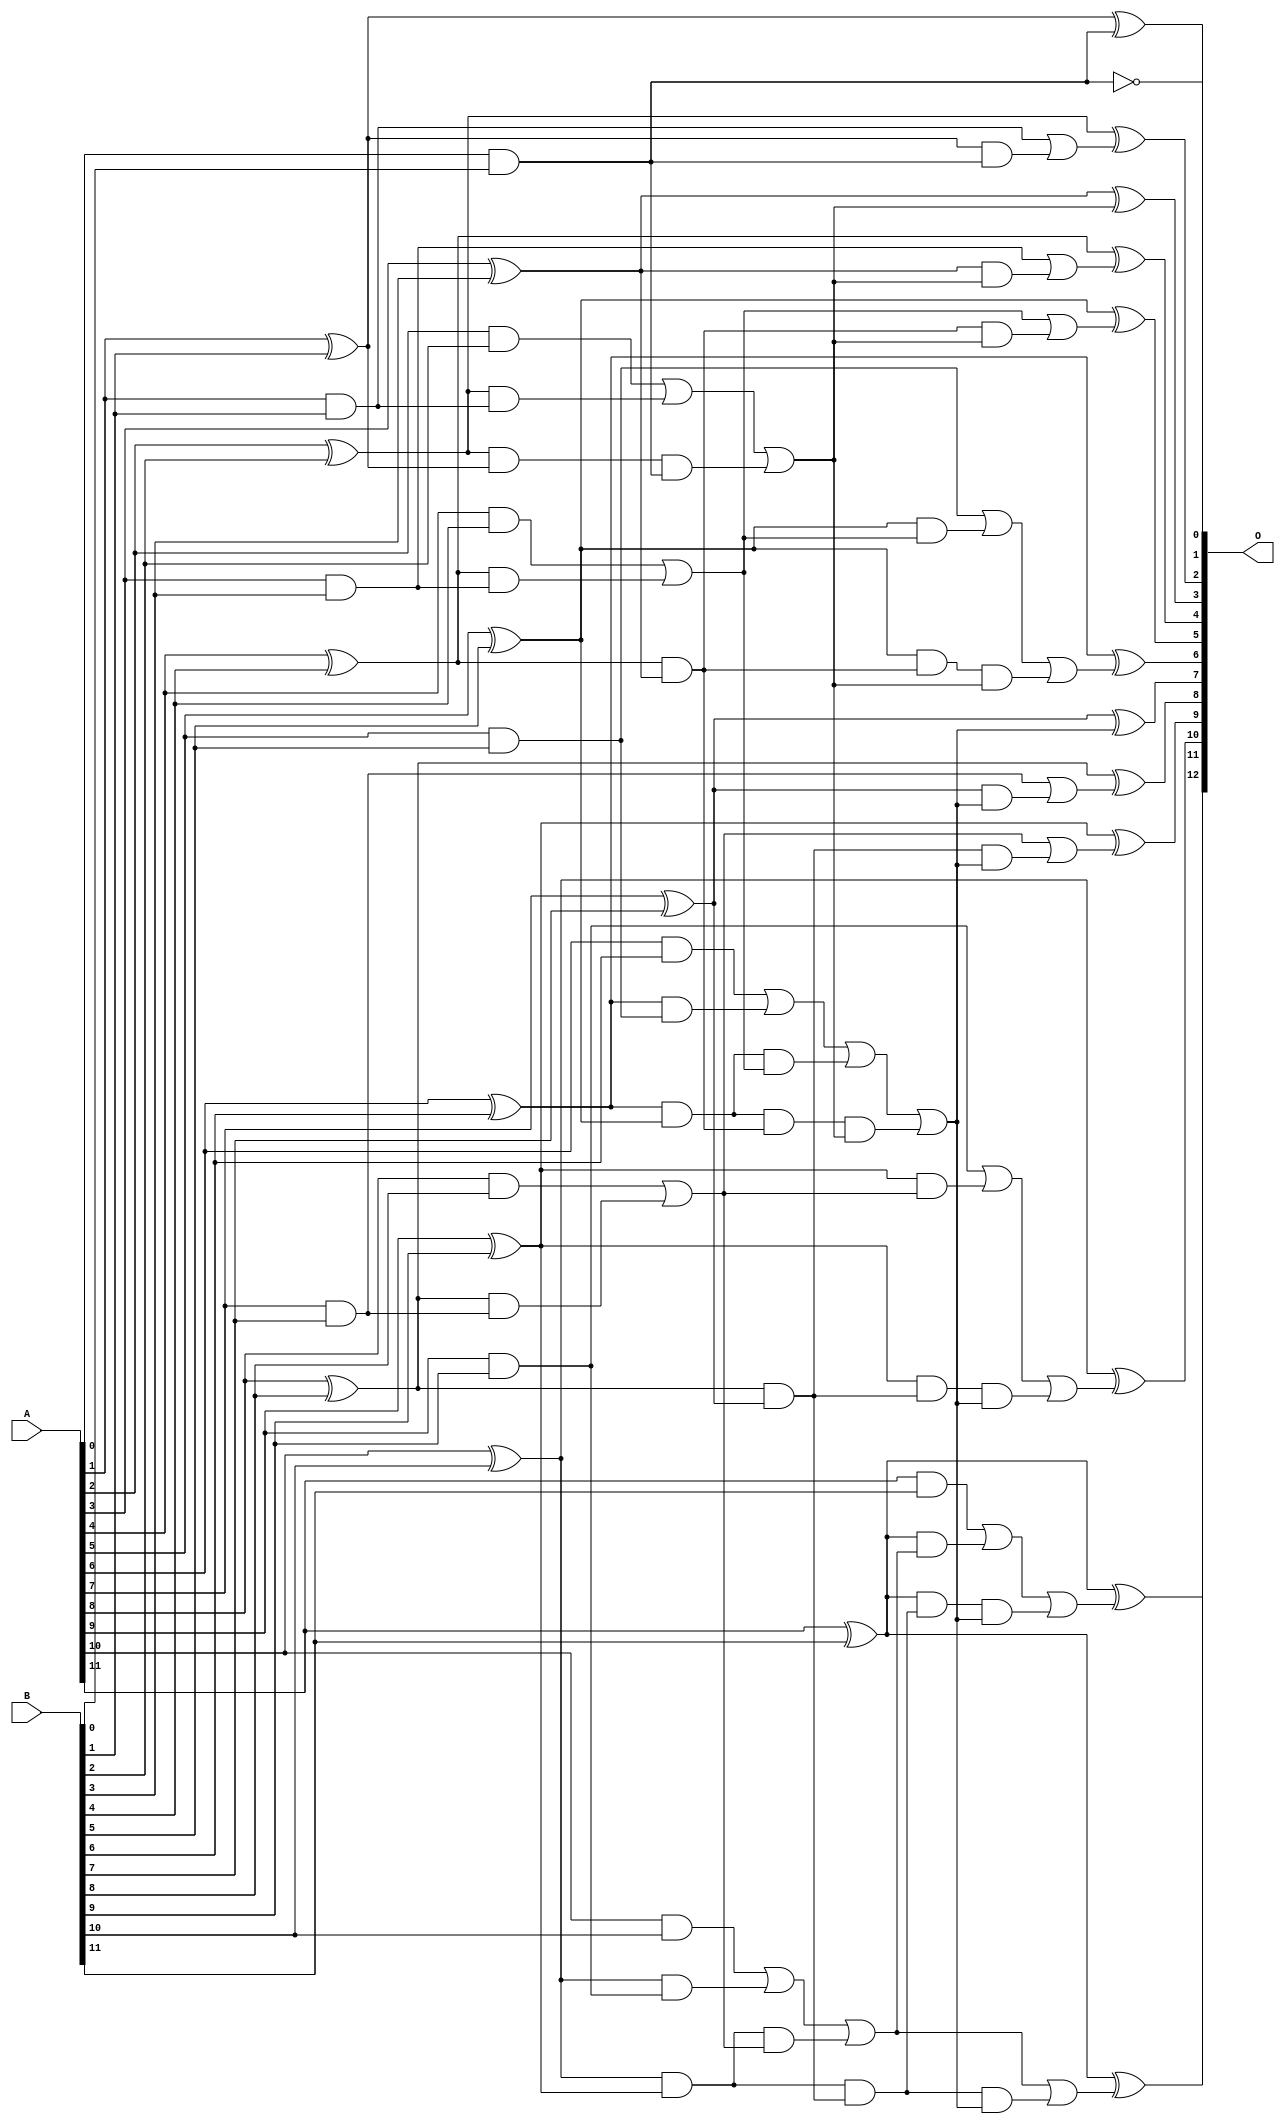
// This program was cloned from: https://github.com/ehw-fit/evoapproxlib
// License: MIT License

/***
* This code is a part of EvoApproxLib library (ehw.fit.vutbr.cz/approxlib) distributed under The MIT License.
* When used, please cite the following article(s): V. Mrazek, L. Sekanina, Z. Vasicek "Libraries of Approximate Circuits: Automated Design and Application in CNN Accelerators" IEEE Journal on Emerging and Selected Topics in Circuits and Systems, Vol 10, No 4, 2020 
* This file contains a circuit from a sub-set of pareto optimal circuits with respect to the pwr and mae parameters
***/
// MAE% = 0.0049 %
// MAE = 0.2 
// WCE% = 0.024 %
// WCE = 1.0 
// WCRE% = 50.00 %
// EP% = 25.00 %
// MRE% = 0.088 %
// MSE = 0.2 
// PDK45_PWR = 0.053 mW
// PDK45_AREA = 106.1 um2
// PDK45_DELAY = 0.95 ns

module add12se_54K (
    A,
    B,
    O
);

input [11:0] A;
input [11:0] B;
output [12:0] O;

wire sig_24,sig_25,sig_26,sig_27,sig_28,sig_29,sig_30,sig_31,sig_32,sig_33,sig_34,sig_35,sig_36,sig_37,sig_38,sig_39,sig_40,sig_41,sig_42,sig_43;
wire sig_44,sig_45,sig_46,sig_47,sig_48,sig_49,sig_50,sig_51,sig_52,sig_53,sig_54,sig_55,sig_56,sig_57,sig_58,sig_59,sig_60,sig_61,sig_62,sig_63;
wire sig_64,sig_65,sig_66,sig_67,sig_68,sig_69,sig_70,sig_71,sig_72,sig_73,sig_74,sig_75,sig_76,sig_77,sig_78,sig_79,sig_80,sig_81,sig_82,sig_83;
wire sig_84,sig_85,sig_86,sig_87,sig_88,sig_89,sig_90,sig_91,sig_92,sig_93,sig_94,sig_95,sig_96,sig_97,sig_98,sig_99,sig_100,sig_101,sig_102,sig_103;
wire sig_104,sig_105,sig_106,sig_107,sig_108,sig_109,sig_110,sig_111,sig_112;

assign sig_24 = A[0] & B[0];
assign sig_25 = ~(A[0] & B[0]);
assign sig_26 = A[1] & B[1];
assign sig_27 = A[1] ^ B[1];
assign sig_28 = A[2] & B[2];
assign sig_29 = A[2] ^ B[2];
assign sig_30 = A[3] & B[3];
assign sig_31 = A[3] ^ B[3];
assign sig_32 = A[4] & B[4];
assign sig_33 = A[4] ^ B[4];
assign sig_34 = A[5] & B[5];
assign sig_35 = A[5] ^ B[5];
assign sig_36 = A[6] & B[6];
assign sig_37 = A[6] ^ B[6];
assign sig_38 = A[7] & B[7];
assign sig_39 = A[7] ^ B[7];
assign sig_40 = A[8] & B[8];
assign sig_41 = A[8] ^ B[8];
assign sig_42 = A[9] & B[9];
assign sig_43 = A[9] ^ B[9];
assign sig_44 = A[10] & B[10];
assign sig_45 = A[10] ^ B[10];
assign sig_46 = A[11] & B[11];
assign sig_47 = A[11] ^ B[11];
assign sig_48 = A[11] ^ B[11];
assign sig_49 = sig_29 & sig_26;
assign sig_50 = sig_29 & sig_27;
assign sig_51 = sig_28 | sig_49;
assign sig_52 = sig_33 & sig_30;
assign sig_53 = sig_33 & sig_31;
assign sig_54 = sig_32 | sig_52;
assign sig_55 = sig_37 & sig_34;
assign sig_56 = sig_37 & sig_35;
assign sig_57 = sig_36 | sig_55;
assign sig_58 = sig_41 & sig_38;
assign sig_59 = sig_41 & sig_39;
assign sig_60 = sig_40 | sig_58;
assign sig_61 = sig_45 & sig_42;
assign sig_62 = sig_45 & sig_43;
assign sig_63 = sig_44 | sig_61;
assign sig_64 = sig_27 & sig_24;
assign sig_65 = sig_26 | sig_64;
assign sig_66 = sig_50 & sig_24;
assign sig_67 = sig_51 | sig_66;
assign sig_68 = sig_35 & sig_54;
assign sig_69 = sig_35 & sig_53;
assign sig_70 = sig_34 | sig_68;
assign sig_71 = sig_56 & sig_54;
assign sig_72 = sig_56 & sig_53;
assign sig_73 = sig_57 | sig_71;
assign sig_74 = sig_43 & sig_60;
assign sig_75 = sig_43 & sig_59;
assign sig_76 = sig_42 | sig_74;
assign sig_77 = sig_62 & sig_60;
assign sig_78 = sig_62 & sig_59;
assign sig_79 = sig_63 | sig_77;
assign sig_80 = sig_31 & sig_67;
assign sig_81 = sig_30 | sig_80;
assign sig_82 = sig_53 & sig_67;
assign sig_83 = sig_54 | sig_82;
assign sig_84 = sig_69 & sig_67;
assign sig_85 = sig_70 | sig_84;
assign sig_86 = sig_72 & sig_67;
assign sig_87 = sig_73 | sig_86;
assign sig_88 = sig_47 & sig_79;
assign sig_89 = sig_47 & sig_78;
assign sig_90 = sig_46 | sig_88;
assign sig_91 = sig_39 & sig_87;
assign sig_92 = sig_38 | sig_91;
assign sig_93 = sig_59 & sig_87;
assign sig_94 = sig_60 | sig_93;
assign sig_95 = sig_75 & sig_87;
assign sig_96 = sig_76 | sig_95;
assign sig_97 = sig_78 & sig_87;
assign sig_98 = sig_79 | sig_97;
assign sig_99 = sig_89 & sig_87;
assign sig_100 = sig_90 | sig_99;
assign sig_101 = sig_27 ^ sig_24;
assign sig_102 = sig_29 ^ sig_65;
assign sig_103 = sig_31 ^ sig_67;
assign sig_104 = sig_33 ^ sig_81;
assign sig_105 = sig_35 ^ sig_83;
assign sig_106 = sig_37 ^ sig_85;
assign sig_107 = sig_39 ^ sig_87;
assign sig_108 = sig_41 ^ sig_92;
assign sig_109 = sig_43 ^ sig_94;
assign sig_110 = sig_45 ^ sig_96;
assign sig_111 = sig_47 ^ sig_98;
assign sig_112 = sig_48 ^ sig_100;

assign O[12] = sig_112;
assign O[11] = sig_111;
assign O[10] = sig_110;
assign O[9] = sig_109;
assign O[8] = sig_108;
assign O[7] = sig_107;
assign O[6] = sig_106;
assign O[5] = sig_105;
assign O[4] = sig_104;
assign O[3] = sig_103;
assign O[2] = sig_102;
assign O[1] = sig_101;
assign O[0] = sig_25;

endmodule